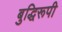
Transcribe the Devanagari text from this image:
बुद्धिरूपी